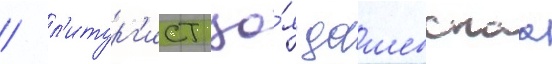
/ л'итург'ист зо́я дашевскаа